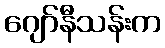
ဂျော်နီသန်းက